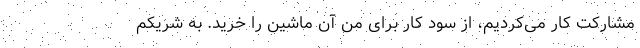
مشارکت کار می‌کردیم، از سود کار برای من آن ماشین را خرید. به شریکم